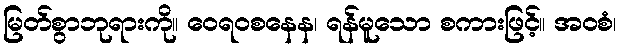
မြတ်စွာဘုရားကို။ ဝေရဝစနေန၊ ရန်မူသော စကားဖြင့်။ အဝစံ၊